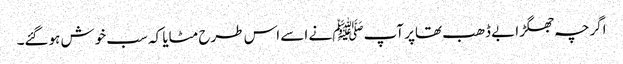
اگرچہ جھگڑا بے ڈھب تھاپر آپﷺ نے اسے اس طرح مٹایا کہ سب خوش ہوگئے۔